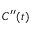
C ^ { \prime \prime } ( t )